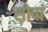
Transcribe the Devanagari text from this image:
सोप्पं